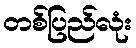
တစ်ပြည်လုံး